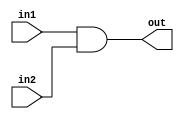
`timescale 1ns / 1ns
//////////////////////////////////////////////////////////////////////////////////
// Company: 
// Engineer: 
// 
// Design Name: 
// Module Name:    AND_T 
// Project Name: 
// Target Devices: 
// Tool versions: 
// Description: 
//
// Dependencies: 
//
// Revision: 
// Revision 0.01 - File Created
// Additional Comments: 
//
//////////////////////////////////////////////////////////////////////////////////
`define	D		0	// definition of the delay

// Delayed AND gate

module AND_T(out, in1, in2);

input in1, in2;
output out;

and		#`D		and1(out, in1, in2);


endmodule